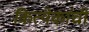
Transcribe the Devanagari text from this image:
कित्येकांची